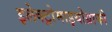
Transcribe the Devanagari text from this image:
इलेक्ट्रोमाइयोग्राफी